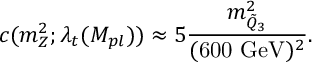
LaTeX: c ( m _ { Z } ^ { 2 } ; \lambda _ { t } ( M _ { p l } ) ) \approx 5 \frac { m _ { \tilde { Q } _ { 3 } } ^ { 2 } } { ( \mathrm { 6 0 0 ~ G e V } ) ^ { 2 } } .